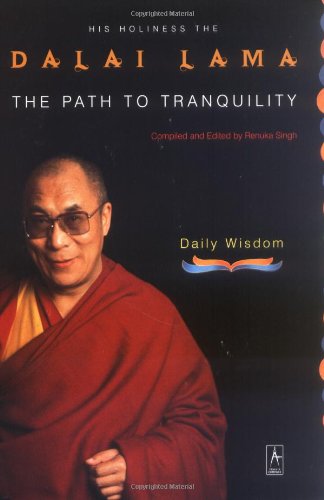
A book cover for The Path to Tranquility: Daily Wisdom (Compass); Religion & Spirituality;